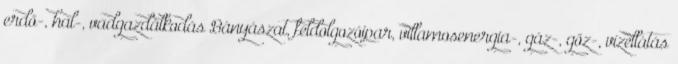
erdő-, hal-, vadgazdálkodás Bányászat, feldolgozóipar, villamosenergia-, gáz-, gőz-, vízellátás